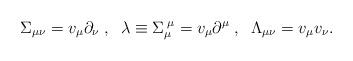
LaTeX: \begin{align*}\Sigma _{\mu \nu }=v_{\mu }\partial _{\nu }\;,\;\;\lambda \equiv \Sigma_{\mu }^{\;\mu }=v_{\mu }\partial ^{\mu }\;,\;\;\Lambda _{\mu \nu }=v_{\mu}v_{\nu }.\end{align*}